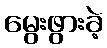
မွေးဖွားခဲ့